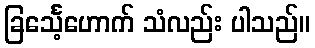
ခြင်္သေ့ဟောက် သံလည်း ပါသည်။